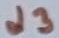
Text: d3